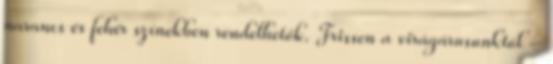
narancs és fehér színekben rendelhetők. Frissen a virágárusunktól –